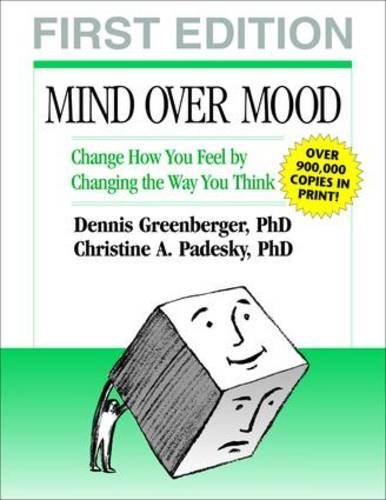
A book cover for Mind Over Mood: Change How You Feel by Changing the Way You Think; Dennis Greenberger; Science & Math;